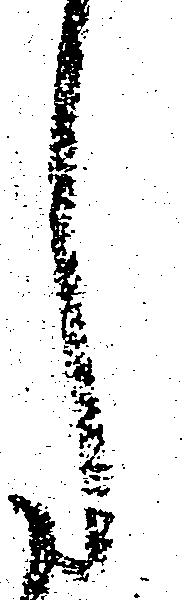
し